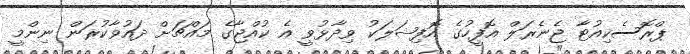
ޕްރޮސެކިއުޓާ ޖެނެރަލް އޮފީހުގެ އޮފިޝަލަކު ވިދާޅުވީ އެ ކުއްޖާގެ މައްޗަށް ދައުވާކުރަން ނިންމީ